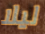
ليلا